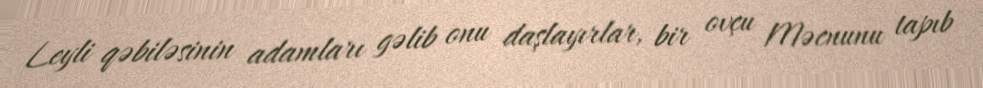
Leyli qəbiləsinin adamları gəlib onu daşlayırlar, bir ovçu Məcnunu tapıb